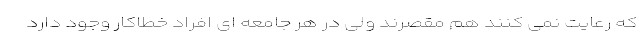
که رعایت نمی کنند هم مقصرند ولی در هر جامعه ای افراد خطاکار وجود دارد